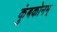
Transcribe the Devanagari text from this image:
कुंबकोनम्